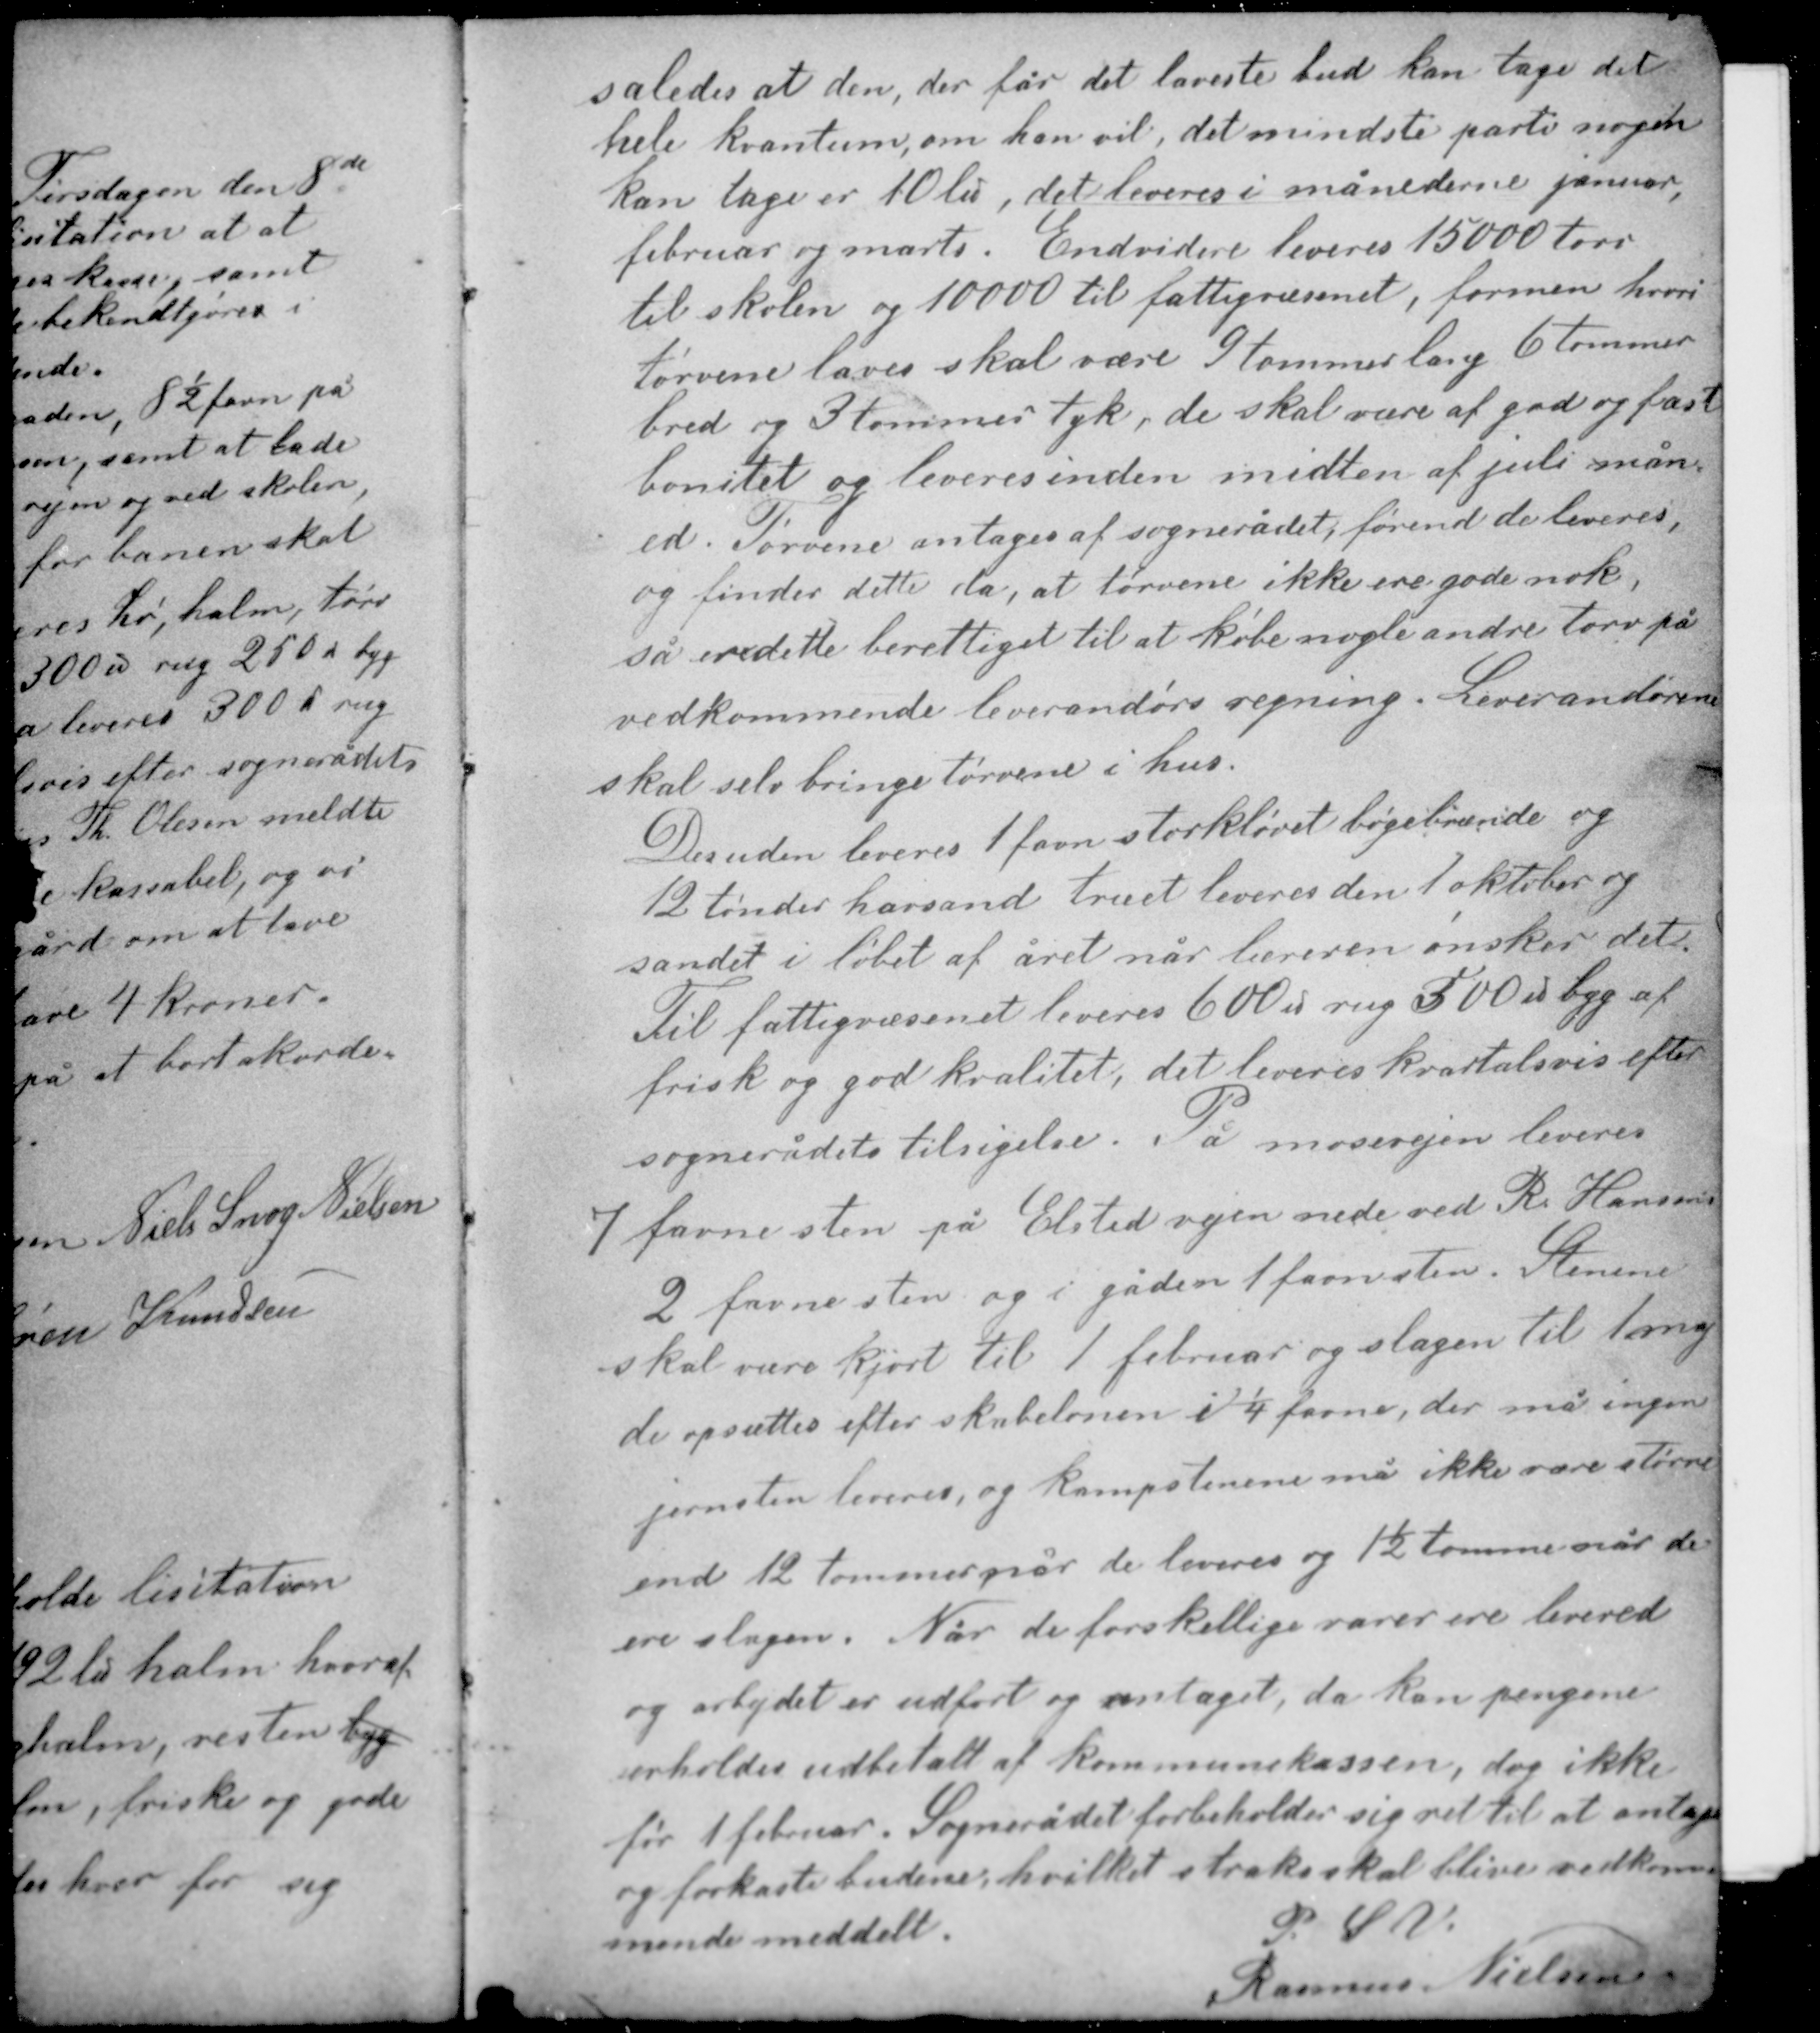
Transskription:
således at den, der får det laveste bud kan tage det
hele kvantum, om han vil, det mindste parti nogen
kan tage er 10 ℔, det leveres i månederne januar,
februar og marts. Endvidere leveres 15000 tørv
til skolen og 10000 til fattigvæsenet, formen hvori
tørvene laves skal være 9 tommer lang 6 tommer
bred og 3 tommer tyk, de skal være at god og fast
bonitet og leveres inden midten af juli mån-
ed. Tørvene antages af sognerådet, førend de leveres,
og finder dette da, at tørvene ikke ere gode nok,
så ere dette berettiget til at købe nogle andre tørv på
vedkommende leverandørs regning. Leverandøren
skal selv bringe tørvene i hus.

Desuden leveres 1 favn storkløvet bøgebrænde og
12 tønder havsand træet leveres den 1 oktober og
sandet i løbet af året når læreren ønsker det.
Til fattigvæsenet leveres 600 ℔ rug 300 ℔ byg af
frisk og god kvalitet, det leveres kvartalsvis efter
sognerådets tilsigelse. På mosevejen leveres

7 favne sten på Elsted vejen nede ved R. Hansens
2 favne sten og i gaden 1 favn sten. Stenene
skal være kjørt til 1 februar og slagen til 1 maj
de opsættes efter skabelonen i 1/4 favn, der må ingen
jernsten leveres, og kampstenene må ikke være større
end 12 tommer når de leveres og 1½ tomme når de
ere slagen. Når de forskellige varer ere leverede

og arbejdet er udført og antaget, da kan pengene
erholdes udbetalt af kommunekassen, dog ikke
før 1 februar. Sognerådet forbeholder sig ret til at antage
og forkaste budene, hvilket straks skal blive vedkom-
mende meddelt.
P. S. V.
Rasmus Nielsen